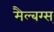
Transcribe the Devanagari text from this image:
मैल्बग्स्